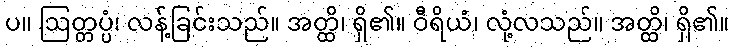
ပ။ ဩတ္တပ္ပံ၊ လန့်ခြင်းသည်။ အတ္ထိ၊ ရှိ၏။ ဝီရိယံ၊ လုံ့လသည်။ အတ္ထိ၊ ရှိ၏။